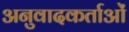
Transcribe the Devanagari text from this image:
अनुवादकर्ताओं